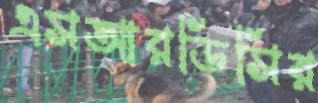
এসআরডিসির